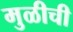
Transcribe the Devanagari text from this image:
मुळीची